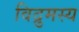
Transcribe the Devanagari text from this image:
विद्रुमस्य